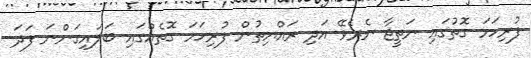
ފުރިހަމަ ގޮތުގައި ނަތީޖާ ނެރެވޭ އަދި ރައްޔިތުން ފުރިހަމަ ގޮތެއްގައި ބަލައިގަންނަ ފަދަ